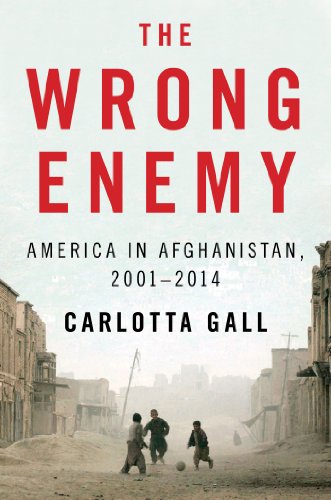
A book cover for The Wrong Enemy: America in Afghanistan, 2001-2014; Carlotta Gall; History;